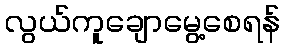
လွယ်ကူချောမွေ့စေရန်